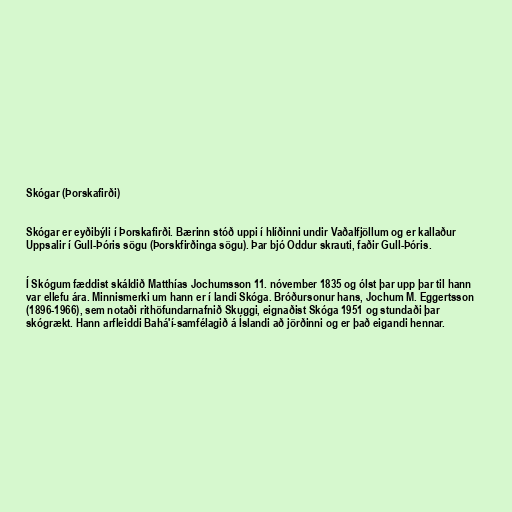
Skógar (Þorskafirði)

Skógar er eyðibýli í Þorskafirði. Bærinn stóð uppi í hlíðinni undir Vaðalfjöllum og er kallaður
Uppsalir í Gull-Þóris sögu (Þorskfirðinga sögu). Þar bjó Oddur skrauti, faðir Gull-Þóris.

Í Skógum fæddist skáldið Matthías Jochumsson 11. nóvember 1835 og ólst þar upp þar til hann
var ellefu ára. Minnismerki um hann er í landi Skóga. Bróðursonur hans, Jochum M. Eggertsson
(1896-1966), sem notaði rithöfundarnafnið Skuggi, eignaðist Skóga 1951 og stundaði þar
skógrækt. Hann arfleiddi Bahá'í-samfélagið á Íslandi að jörðinni og er það eigandi hennar.